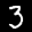
Label: 3